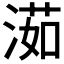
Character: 𣺾